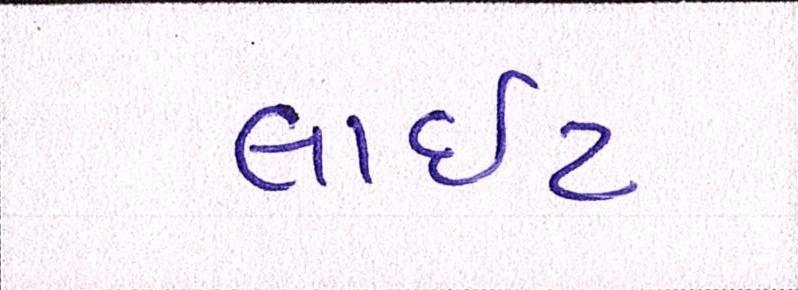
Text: લાઇટ